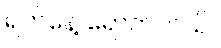
ရက်နေ့ ရောက်တယ်။